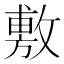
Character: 敷